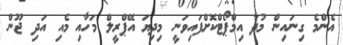
އެންމެ ގިނައިން މުދާ އިމްޕޯޓްކޮށްފައިވަނީ މިދިޔަ އޭޕްރީލް މަހާއި މެއި އަދި ޖޫން